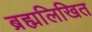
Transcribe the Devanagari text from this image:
ब्रह्मलिखित